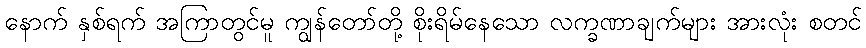
နောက် နှစ်ရက် အကြာတွင်မူ ကျွန်တော်တို့ စိုးရိမ်နေသော လက္ခဏာချက်များ အားလုံး စတင်